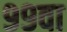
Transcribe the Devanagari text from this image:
९९वा